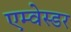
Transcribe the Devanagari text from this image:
एम्वेस्डर